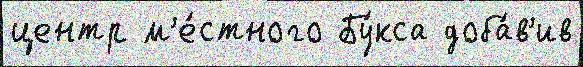
центр м'е́стного Бу́кса доба́в'ив